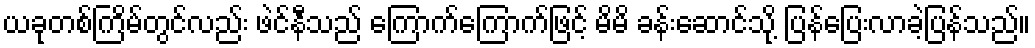
ယခုတစ်ကြိမ်တွင်လည်း ဖဲင်နီသည် ကြောက်ကြောက်ဖြင့် မိမိ ခန်းဆောင်သို့ ပြန်ပြေးလာခဲ့ပြန်သည်။